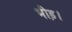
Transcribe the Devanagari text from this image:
भीड़़।